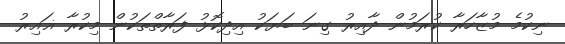
ނިކުމެ މުޒާހަރާ ކުރަމުން ދާއިރު ގިނަ ބަޔަކު އިދިކޮޅު ފަރާތްތަކުން މިކުރާ ޣައިރު